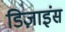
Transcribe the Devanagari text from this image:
डिज़ाइंस